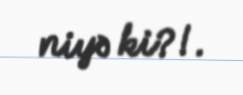
niyə ki?!.